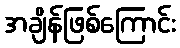
အချိန်ဖြစ်ကြောင်း